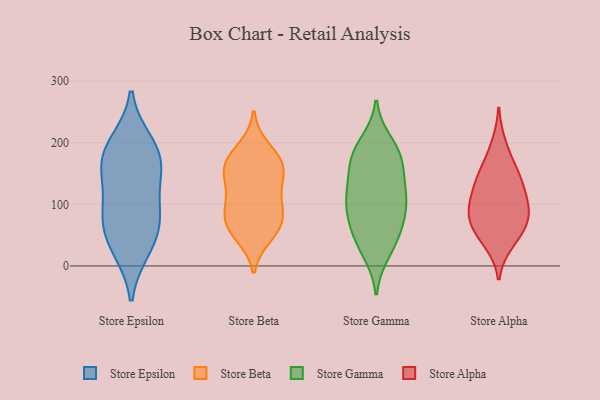
{"axis": {"x": "Energy Usage (MWh)", "y": "Value"}, "legend": ["Store Alpha", "Store Beta", "Store Epsilon", "Store Gamma"], "data": [{"x": "", "y": 199, "type": "Store Epsilon"}, {"x": "", "y": 28, "type": "Store Epsilon"}, {"x": "", "y": 36, "type": "Store Epsilon"}, {"x": "", "y": 155, "type": "Store Epsilon"}, {"x": "", "y": 144, "type": "Store Epsilon"}, {"x": "", "y": 173, "type": "Store Epsilon"}, {"x": "", "y": 188, "type": "Store Epsilon"}, {"x": "", "y": 82, "type": "Store Epsilon"}, {"x": "", "y": 88, "type": "Store Epsilon"}, {"x": "", "y": 74, "type": "Store Epsilon"}, {"x": "", "y": 121, "type": "Store Beta"}, {"x": "", "y": 112, "type": "Store Beta"}, {"x": "", "y": 83, "type": "Store Beta"}, {"x": "", "y": 155, "type": "Store Beta"}, {"x": "", "y": 95, "type": "Store Beta"}, {"x": "", "y": 174, "type": "Store Beta"}, {"x": "", "y": 156, "type": "Store Beta"}, {"x": "", "y": 59, "type": "Store Beta"}, {"x": "", "y": 77, "type": "Store Beta"}, {"x": "", "y": 62, "type": "Store Beta"}, {"x": "", "y": 165, "type": "Store Beta"}, {"x": "", "y": 49, "type": "Store Beta"}, {"x": "", "y": 191, "type": "Store Beta"}, {"x": "", "y": 154, "type": "Store Beta"}, {"x": "", "y": 186, "type": "Store Gamma"}, {"x": "", "y": 183, "type": "Store Gamma"}, {"x": "", "y": 126, "type": "Store Gamma"}, {"x": "", "y": 177, "type": "Store Gamma"}, {"x": "", "y": 200, "type": "Store Gamma"}, {"x": "", "y": 112, "type": "Store Gamma"}, {"x": "", "y": 80, "type": "Store Gamma"}, {"x": "", "y": 122, "type": "Store Gamma"}, {"x": "", "y": 47, "type": "Store Gamma"}, {"x": "", "y": 105, "type": "Store Gamma"}, {"x": "", "y": 82, "type": "Store Gamma"}, {"x": "", "y": 93, "type": "Store Gamma"}, {"x": "", "y": 161, "type": "Store Gamma"}, {"x": "", "y": 154, "type": "Store Gamma"}, {"x": "", "y": 22, "type": "Store Gamma"}, {"x": "", "y": 33, "type": "Store Gamma"}, {"x": "", "y": 55, "type": "Store Gamma"}, {"x": "", "y": 165, "type": "Store Alpha"}, {"x": "", "y": 94, "type": "Store Alpha"}, {"x": "", "y": 36, "type": "Store Alpha"}, {"x": "", "y": 69, "type": "Store Alpha"}, {"x": "", "y": 115, "type": "Store Alpha"}, {"x": "", "y": 62, "type": "Store Alpha"}, {"x": "", "y": 77, "type": "Store Alpha"}, {"x": "", "y": 77, "type": "Store Alpha"}, {"x": "", "y": 199, "type": "Store Alpha"}, {"x": "", "y": 114, "type": "Store Alpha"}, {"x": "", "y": 130, "type": "Store Alpha"}, {"x": "", "y": 42, "type": "Store Alpha"}, {"x": "", "y": 145, "type": "Store Alpha"}, {"x": "", "y": 92, "type": "Store Alpha"}, {"x": "", "y": 150, "type": "Store Alpha"}]}